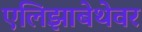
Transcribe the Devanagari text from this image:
एलिझाबेथेवर